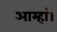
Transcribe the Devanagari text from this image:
आम्हां।